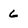
Character: 6